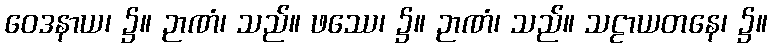
ဝေဒနာယ၊ ၌။ ဉာဏံ၊ သည်။ ဖဿေ၊ ၌။ ဉာဏံ၊ သည်။ သဠာယတနေ၊ ၌။